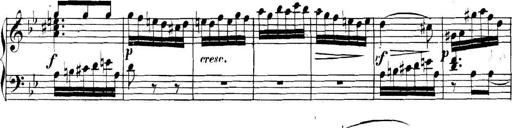
Title: Collected Piano Sonatas
Composer: Muzio Clementi